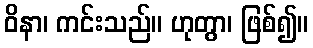
ဝိနာ၊ ကင်းသည်။ ဟုတွာ၊ ဖြစ်၍။